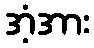
အံ့အား